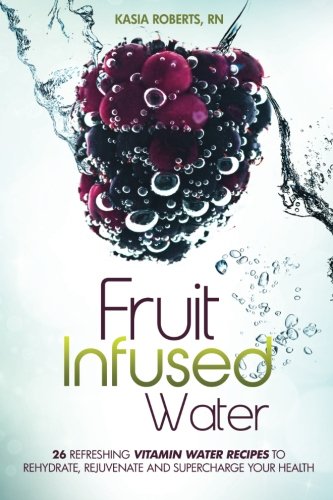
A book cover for Fruit Infused Water: 26 Refreshing Vitamin Water Recipes to Rehydrate, Rejuvenate and Supercharge Your Health; Kasia Roberts RN; Cookbooks, Food & Wine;